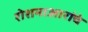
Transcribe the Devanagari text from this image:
रोशनाआरांचे